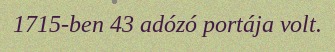
1715-ben 43 adózó portája volt.